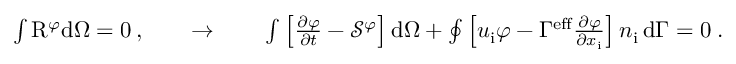
\begin{array} { r } { \int \mathrm { R } ^ { \varphi } \mathrm { d } \Omega = 0 \, , \qquad \to \qquad \int \left[ \frac { \partial \varphi } { \partial t } - \mathcal { S } ^ { \varphi } \right] \mathrm { d } \Omega + \oint \left[ u _ { \mathrm { i } } \varphi - \Gamma ^ { \mathrm { e f f } } \frac { \partial \varphi } { \partial x _ { \mathrm { i } } } \right] n _ { \mathrm { i } } \, \mathrm { d } \Gamma = 0 \; . } \end{array}